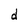
Character: d